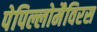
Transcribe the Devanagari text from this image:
पेपिल्लोमैविरस